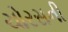
ચોરસની